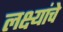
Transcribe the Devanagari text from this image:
लक्ष्यांचे